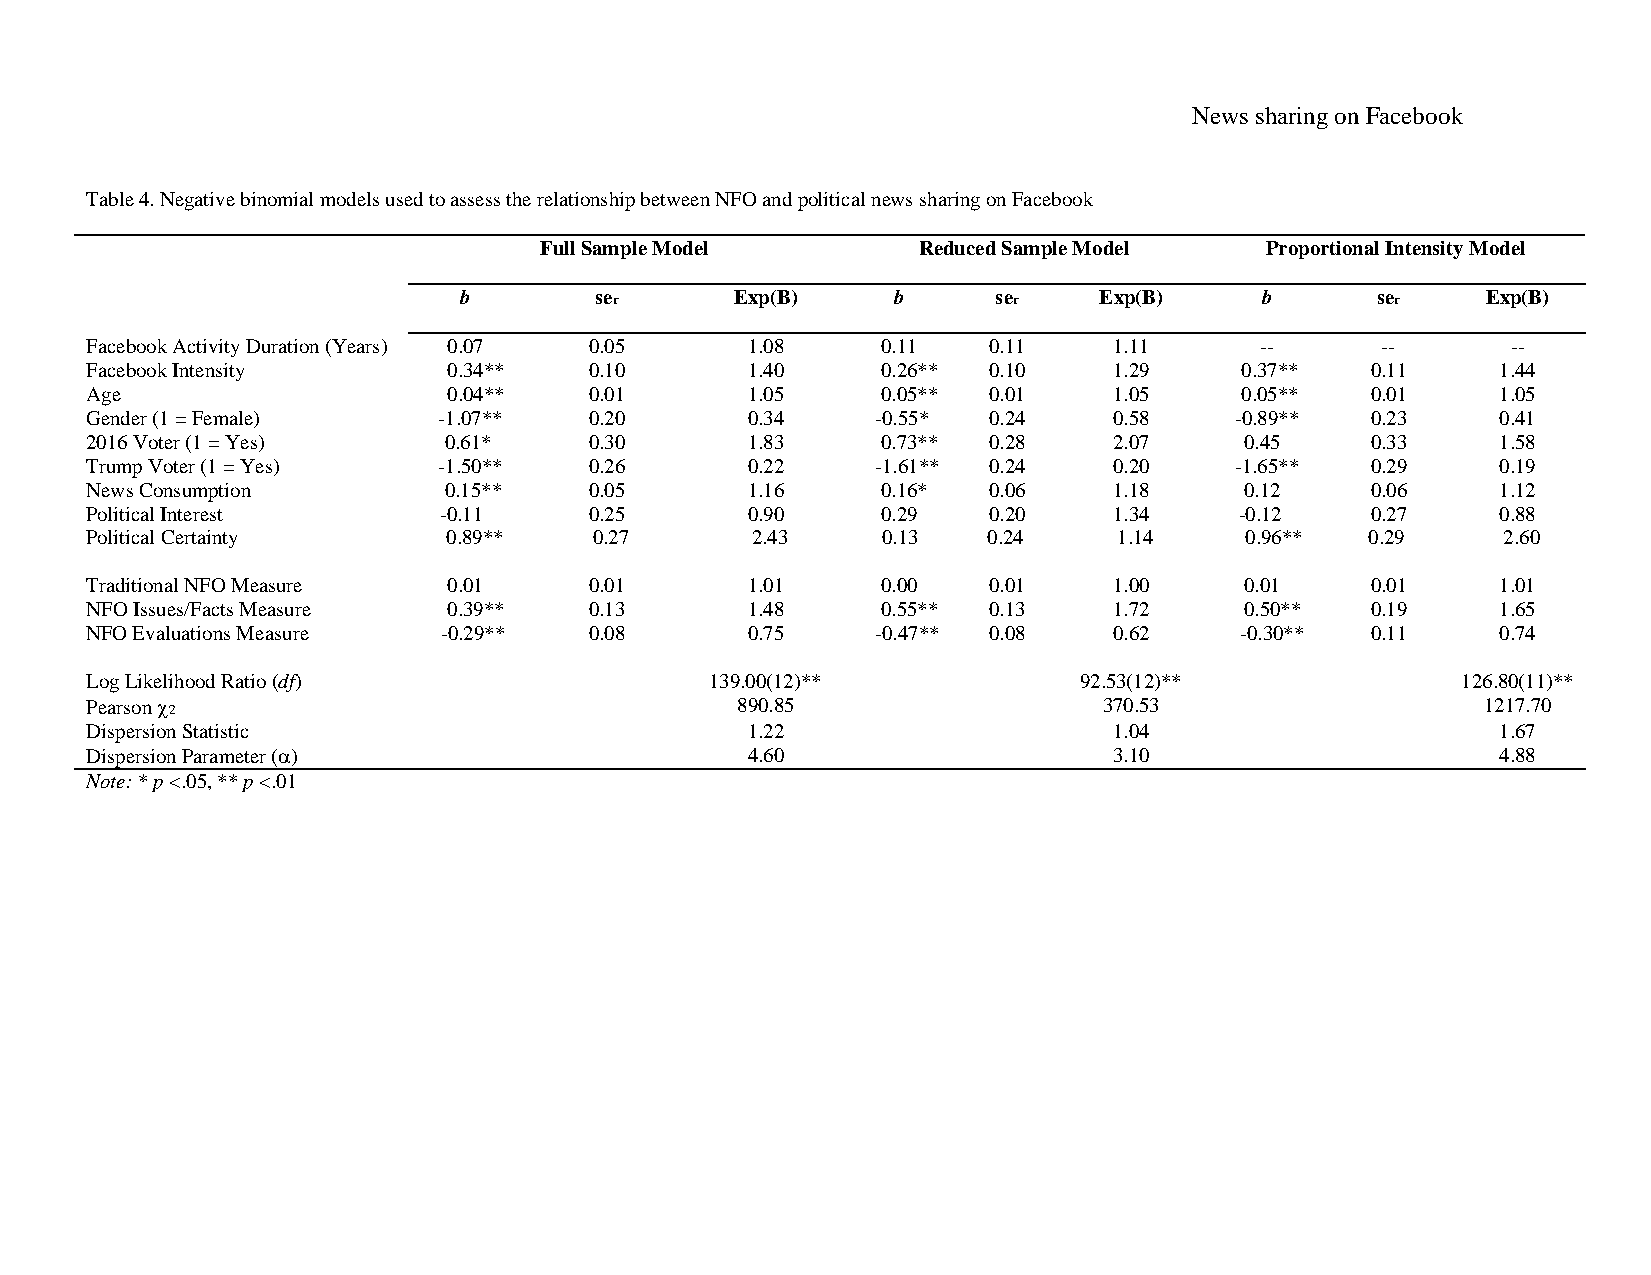
News sharing on Facebook
 Table 4. Negative binomial models used to assess the relationship between NFO and political news sharing on Facebook
 Full Sample Model        Reduced Sample Model   Proportional Intensity Model
 b        ser       Exp(B)    b      ser    Exp(B)     b      ser    Exp(B)
 Facebook Activity Duration (Years) 0.07 0.05 1.08   0.11   0.11     1.11     --      --       --
 Facebook Intensity      0.34**   0.10      1.40     0.26** 0.10     1.29    0.37**   0.11    1.44
 Age                     0.04**   0.01      1.05     0.05** 0.01     1.05    0.05**   0.01    1.05
 Gender (1 = Female)    -1.07**   0.20      0.34     -0.55* 0.24     0.58    -0.89**  0.23    0.41
 2016 Voter (1 = Yes)   0.61*     0.30      1.83     0.73** 0.28     2.07    0.45     0.33    1.58
 Trump Voter (1 = Yes)  -1.50**   0.26      0.22     -1.61** 0.24    0.20    -1.65**  0.29    0.19
 News Consumption       0.15**    0.05      1.16     0.16*  0.06     1.18    0.12     0.06    1.12
 Political Interest     -0.11     0.25      0.90     0.29   0.20     1.34    -0.12    0.27    0.88
 Political Certainty     0.89**   0.27       2.43    0.13   0.24     1.14    0.96**   0.29    2.60
 Traditional NFO Measure 0.01     0.01      1.01     0.00   0.01     1.00    0.01     0.01    1.01
 NFO Issues/Facts Measure 0.39**  0.13      1.48     0.55** 0.13     1.72    0.50**   0.19    1.65
 NFO Evaluations Measure -0.29**  0.08      0.75     -0.47** 0.08    0.62    -0.30**  0.11    0.74
 Log Likelihood Ratio (df)                139.00(12)**            92.53(12)**               126.80(11)**
 Pearson 2                                 890.85                  370.53                   1217.70
 Dispersion Statistic                       1.22                     1.04                     1.67
 Dispersion Parameter ()                   4.60                     3.10                     4.88
 Note: * p <.05, ** p <.01